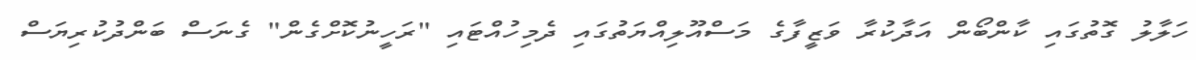
ހަލާލު ގޮތުގައި ކާންބޯން އަދާކުރާ ވަޒީފާގެ މަސްއޫލިއްޔަތުގައި ދެމިހުއްޓައި "ރަހީނުކޮށްގެން" ގެނަސް ބަންދުކުރިޔަސް